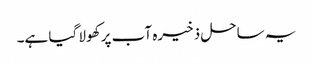
یہ ساحل ذخیرہ آب پر کھولا گیا ہے۔